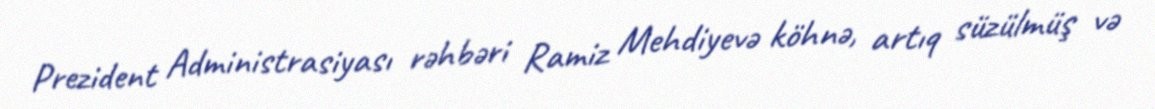
Prezident Administrasiyası rəhbəri Ramiz Mehdiyevə köhnə, artıq süzülmüş və